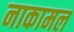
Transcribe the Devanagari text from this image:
नाकामल